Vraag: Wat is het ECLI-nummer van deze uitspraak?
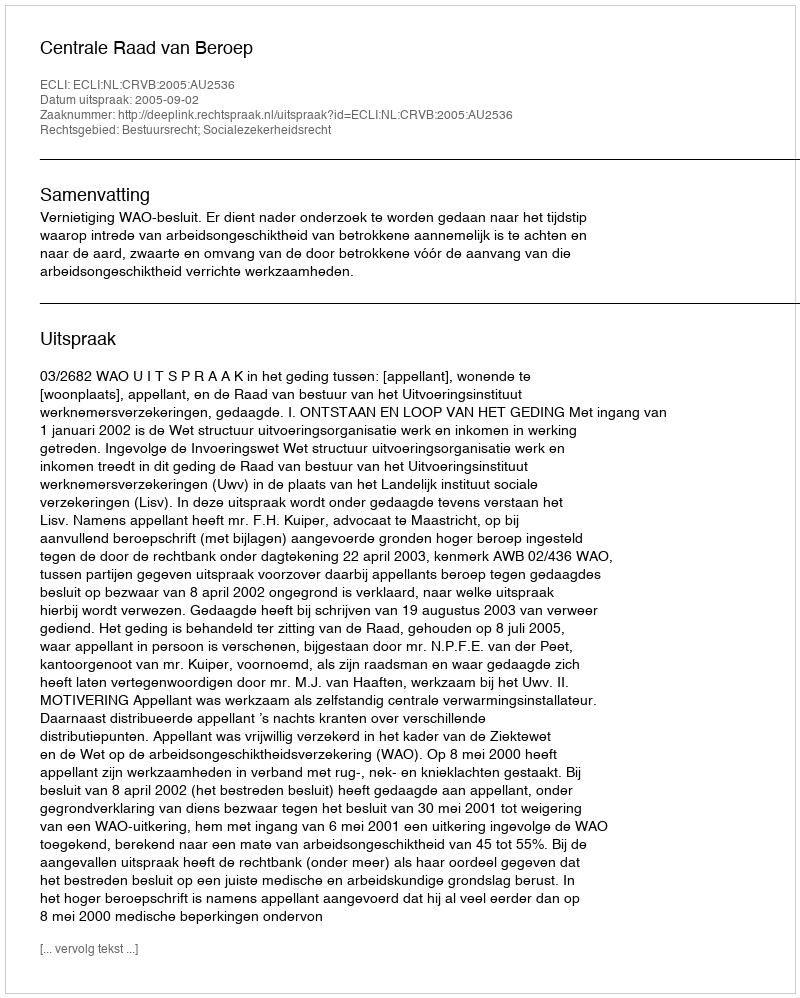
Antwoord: ECLI:NL:CRVB:2005:AU2536